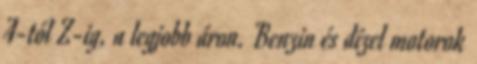
A-tól Z-ig, a legjobb áron. Benzin és dízel motorok